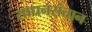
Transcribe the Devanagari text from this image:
साधनसंतान